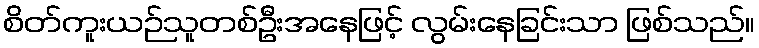
စိတ်ကူးယဉ်သူတစ်ဦးအနေဖြင့် လွမ်းနေခြင်းသာ ဖြစ်သည်။